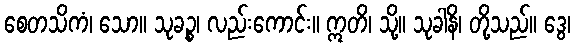
စေတသိကံ၊ သော။ သုခဉ္စ၊ လည်းကောင်း။ ဣတိ၊ သို့။ သုခါနိ၊ တို့သည်။ ဒွေ၊